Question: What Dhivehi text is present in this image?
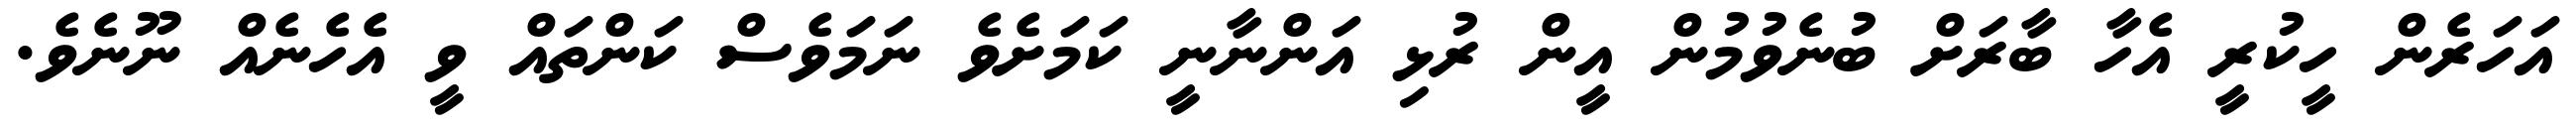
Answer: އަހަރެން ހީކުރީ އެހާ ބާރަށް ބުނެވުމުން އީން ރުޅި އަންނާނީ ކަމަށެވެ ނަމަވެސް ކަންތައް ވީ އެހެނެއް ނޫނެވެ.